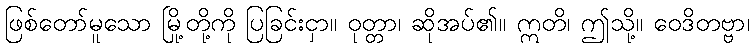
ဖြစ်တော်မူသော မြို့တို့ကို ပြခြင်းငှာ။ ဝုတ္တာ၊ ဆိုအပ်၏။ ဣတိ၊ ဤသို့။ ဝေဒိတဗ္ဗာ၊